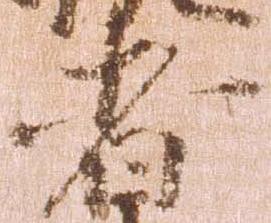
者